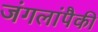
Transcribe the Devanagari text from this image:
जंगलांपैकी